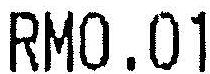
RM0.01